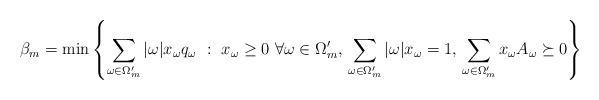
LaTeX: \begin{align*} \beta_m &= \min \left\{\sum_{\omega \in \Omega_m'} |\omega| x_{\omega}q_{\omega} \, \,:\, \, x_{\omega} \geq 0 \,\, \forall \omega \in \Omega_m', \,\sum_{\omega \in \Omega_m'} |\omega| x_{\omega}= 1, \, \sum_{\omega \in \Omega_m'} x_{\omega} A_{\omega} \succeq 0 \right\}\end{align*}